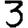
Digit: 3